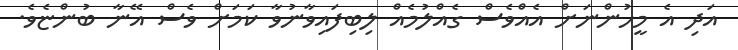
އަދި އެ މީހުންނަށް އެއްވެސް ގެއްލުމެއް ލިބިފައިވާނުވާ ކަމަށް ވެސް އޭނާ ބުންޏެވެ.